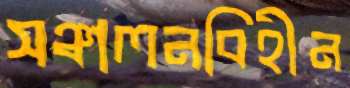
সঞ্চালনবিহীন